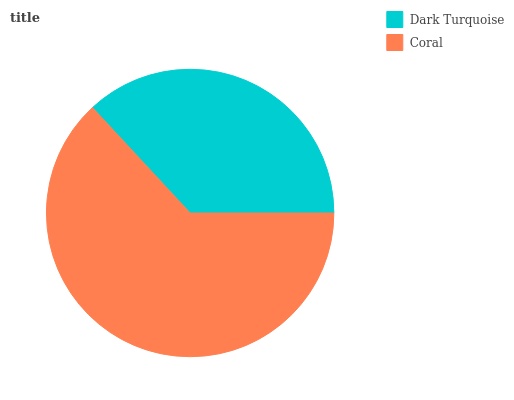
| Dark Turquoise | Coral |
 | --- | --- |
 | 36.9% | 63.1% |